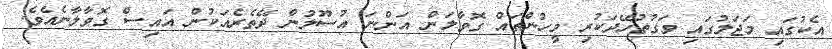
އެކުގައި މަޖަލުގައި ވަގުތުހޭދަކުރި މީހުންތައް ގޮވާލަން އަންނަ އުސޫލުން ދޭތެރެއަކުން އައިސް ގޮވާލާނެއެވެ.